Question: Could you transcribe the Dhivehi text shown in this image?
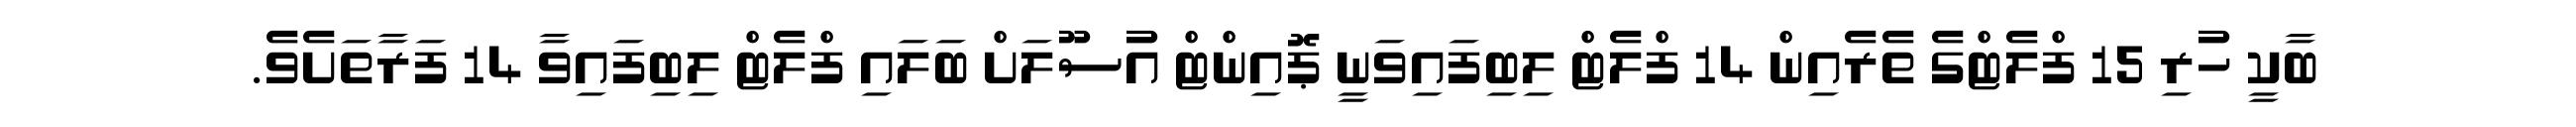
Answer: ބާކީ ހުރި 15 ފްލެޓްގެ ތެރެއިން 14 ފްލެޓް ލިބިފައިވަނީ ޕޮއިންޓް އުސޫލަށް ބަލައި ފްލެޓް ލިބިފައިވާ 14 ފަރާތަށެވެ.